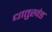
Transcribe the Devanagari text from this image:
धातुखंड